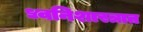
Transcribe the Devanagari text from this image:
ध्वनिशास्त्रात